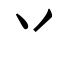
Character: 丷